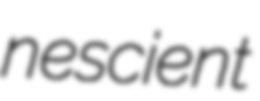
nescient